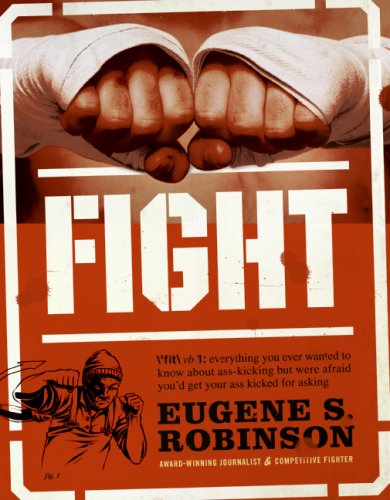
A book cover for Fight: Everything You Ever Wanted to Know About Ass-Kicking but Were Afraid You'd Get Your Ass Kicked for Asking; Eugene S. Robinson; Sports & Outdoors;